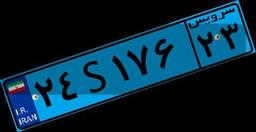
۲۴S۱۷۶۲۳